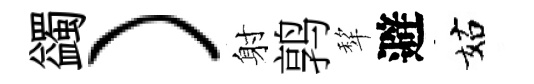
蠲）射鹑犂避姑